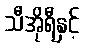
သီအိုရီနှင့်